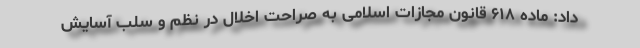
داد: ماده ۶۱۸ قانون مجازات اسلامی به صراحت اخلال در نظم و سلب آسایش